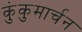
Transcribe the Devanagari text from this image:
कुंकुमार्चन